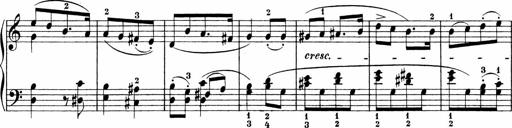
Title: Sonatinen Op.47, 98 und 136, nebst 6 Liedersonatinen
Composer: Carl Reinecke